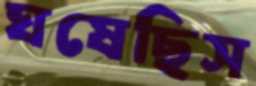
ঘষেছিস